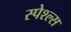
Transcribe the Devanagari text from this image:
स्पेश्ल्स